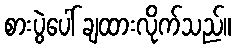
စားပွဲပေါ် ချထားလိုက်သည်။